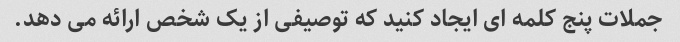
جملات پنج کلمه ای ایجاد کنید که توصیفی از یک شخص ارائه می دهد.